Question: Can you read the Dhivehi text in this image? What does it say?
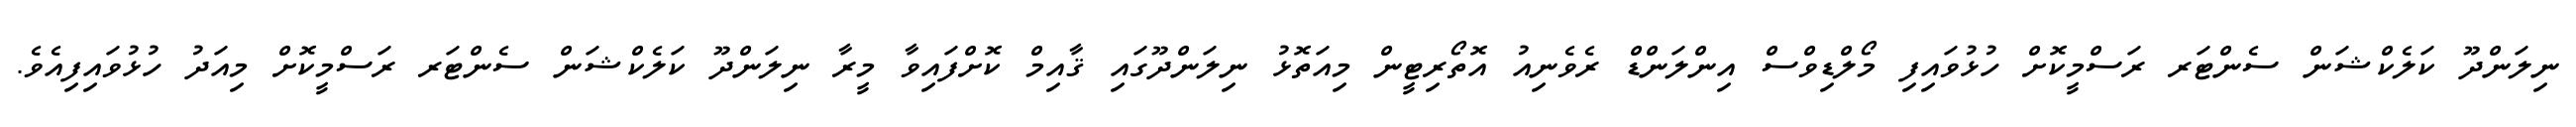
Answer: ނިލަންދޫ ކަލެކްޝަން ސެންޓަރ ރަސްމީކޮށް ހުޅުވައިފި މޯލްޑިވްސް އިންލަންޑް ރެވެނިއު އޮތޯރިޓީން މިއަތޮޅު ނިލަންދޫގައި ޤާއިމް ކޮށްފައިވާ މީރާ ނިލަންދޫ ކަލެކްޝަން ސެންޓަރ ރަސްމީކޮށް މިއަދު ހުޅުވައިފިއެވެ.